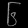
Digit: ၆